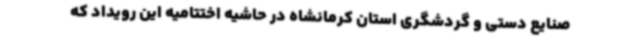
صنایع دستی و گردشگری استان کرمانشاه در حاشیه اختتامیه این رویداد که